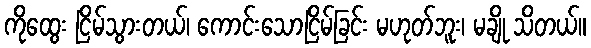
ကိုထွေး ငြိမ်သွားတယ်၊ ကောင်းသောငြိမ်ခြင်း မဟုတ်ဘူး၊ မချို သိတယ်။